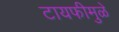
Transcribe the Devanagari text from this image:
टायफीमुळे